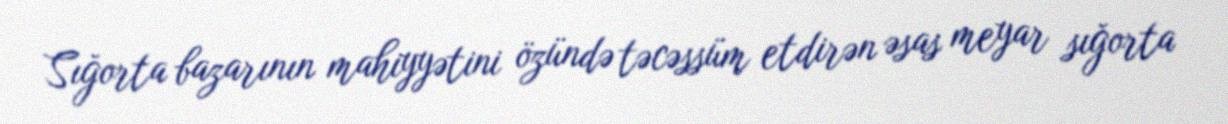
Sığorta bazarının mahiyyətini özündə təcəssüm etdirən əsas meyar sığorta